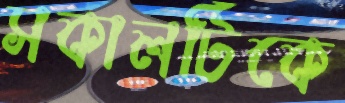
সকালটিকে